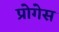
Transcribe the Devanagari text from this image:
प्रोगेस